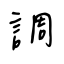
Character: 調